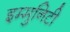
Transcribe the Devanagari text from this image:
इम्मुनिटी